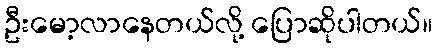
ဦးမော့လာနေတယ်လို့ ပြောဆိုပါတယ်။